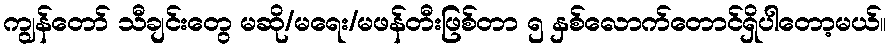
ကျွန်တော် သီချင်းတွေ မဆို/မရေး/မဖန်တီးဖြစ်တာ ၅ နှစ်လောက်တောင်ရှိပါတော့မယ်။